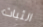
الثبات